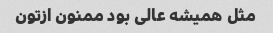
مثل همیشه عالی بود ممنون ازتون